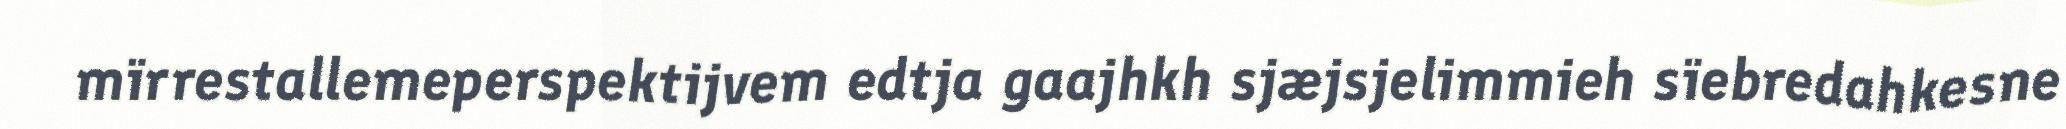
mïrrestallemeperspektijvem edtja gaajhkh sjæjsjelimmieh sïebredahkesne